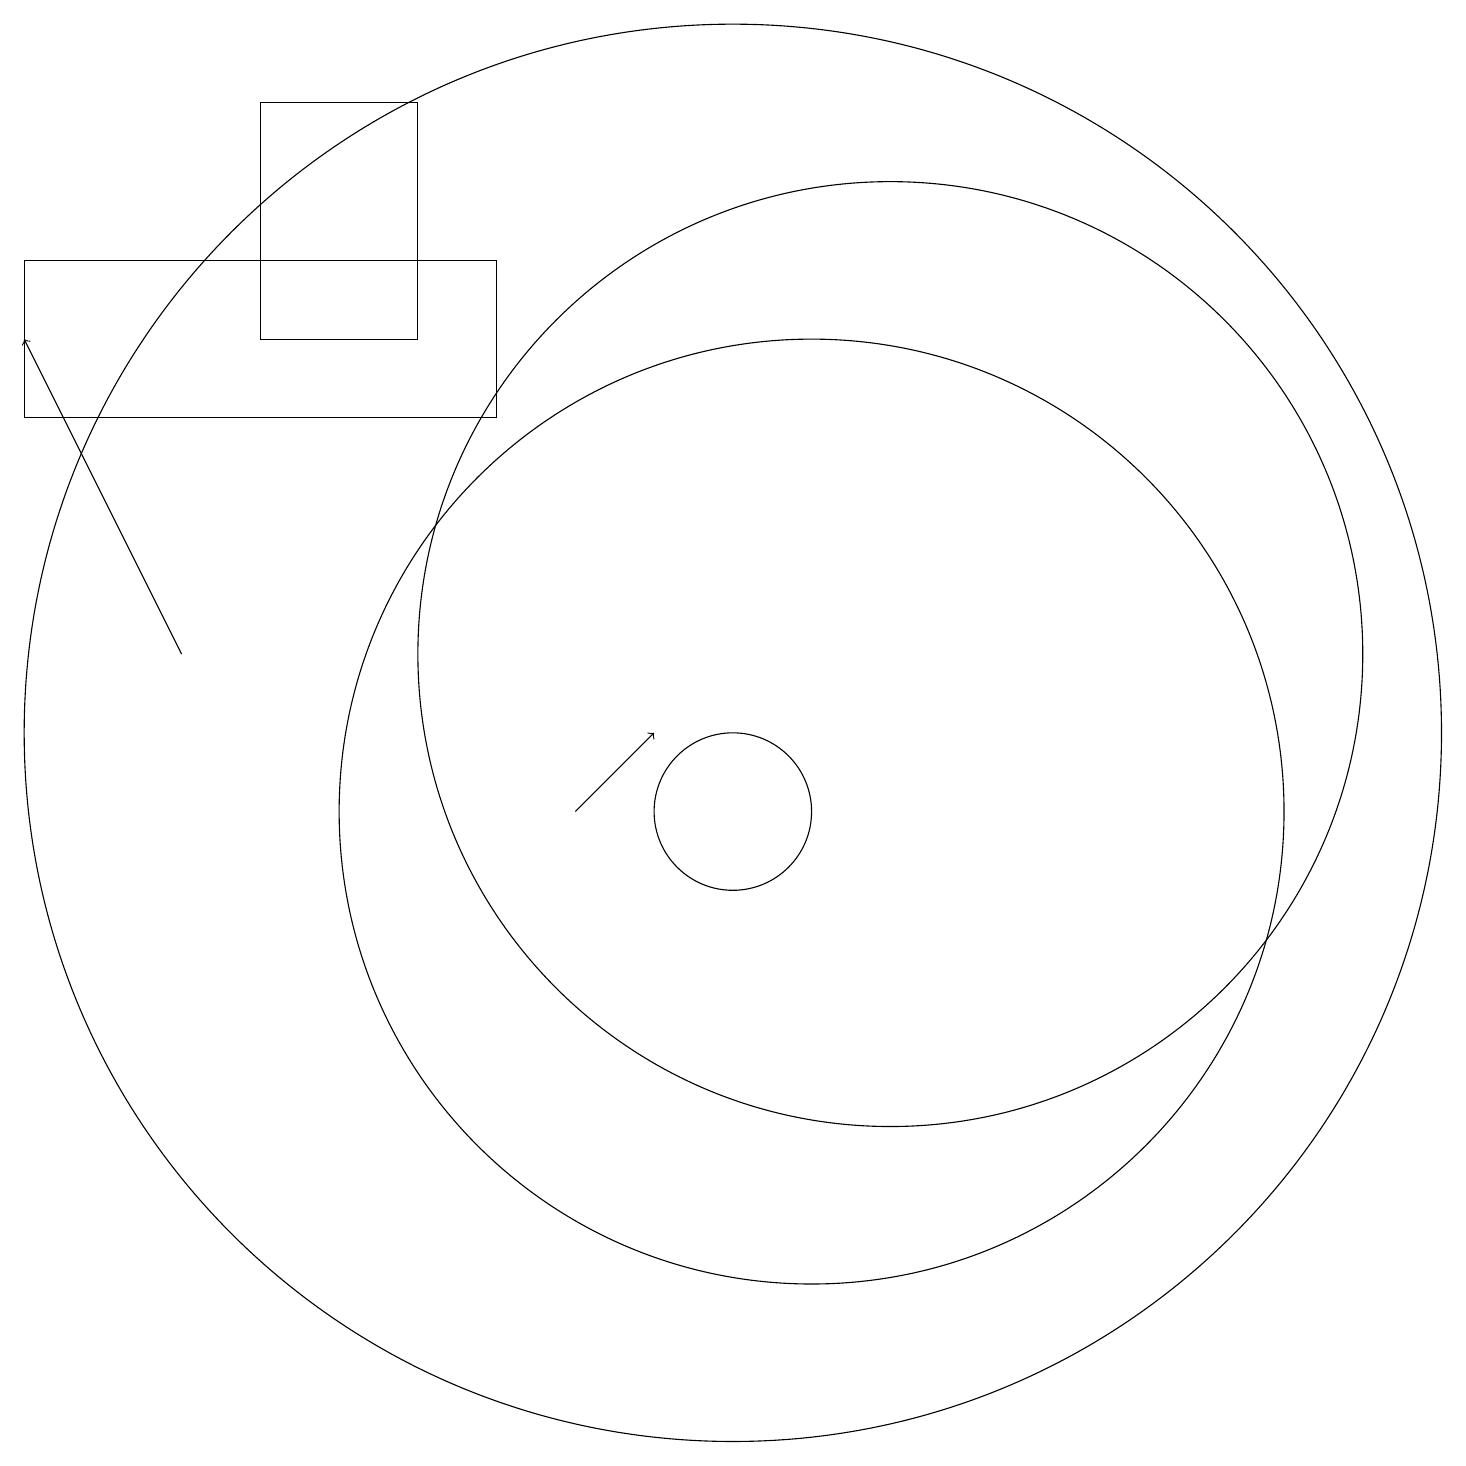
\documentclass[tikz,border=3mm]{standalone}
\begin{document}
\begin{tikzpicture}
\draw (10,10) circle (1);
\draw (6,16) rectangle (4,19);
\draw (10,11) circle (9);
\draw (11,10) circle (6);
\draw (12,12) circle (6);
\draw (7,15) rectangle (1,17);
\draw[->] (8,10) -- (9,11);
\draw[->] (3,12) -- (1,16);
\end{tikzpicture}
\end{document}